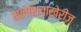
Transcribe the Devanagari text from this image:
मलेशियाखेरीज